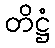
တိဋ္ဌံ